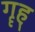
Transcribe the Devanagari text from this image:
गॄह्